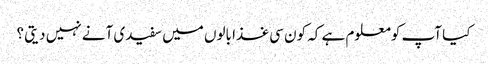
کیا آپ کومعلوم ہے کہ کون سی غذا بالوں میں سفیدی آنے نہیں دیتی ؟